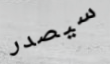
سيصدر